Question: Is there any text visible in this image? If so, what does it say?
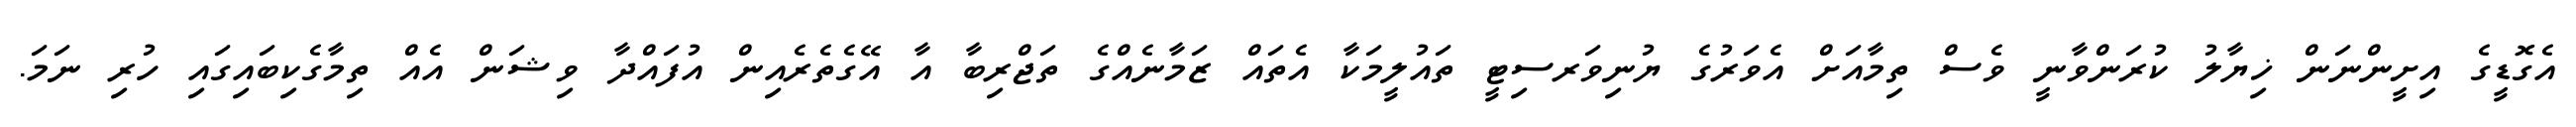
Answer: އެގޮޑީގެ އިށީންނަން ޚިޔާލު ކުރަންވާނީ ވެސް ތިމާއަށް އެވަރުގެ ޔުނިވަރސިޓީ ތައުލީމަކާ އެތައް ޒަމާނެއްގެ ތަޖްރިބާ އާ އޭގެތެރެއިން އުފައްދާ ވިޝަން އެއް ތިމާގެކިބައިގައި ހުރި ނަމަ.